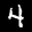
Label: 4